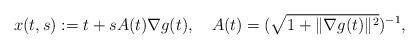
LaTeX: \begin{align*}x(t,s):=t+s A(t)\nabla g(t), \ \ \ A(t)=(\sqrt{1+\|\nabla g(t)\|^2})^{-1}, \end{align*}